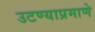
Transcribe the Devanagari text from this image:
उटण्याप्रमाणे